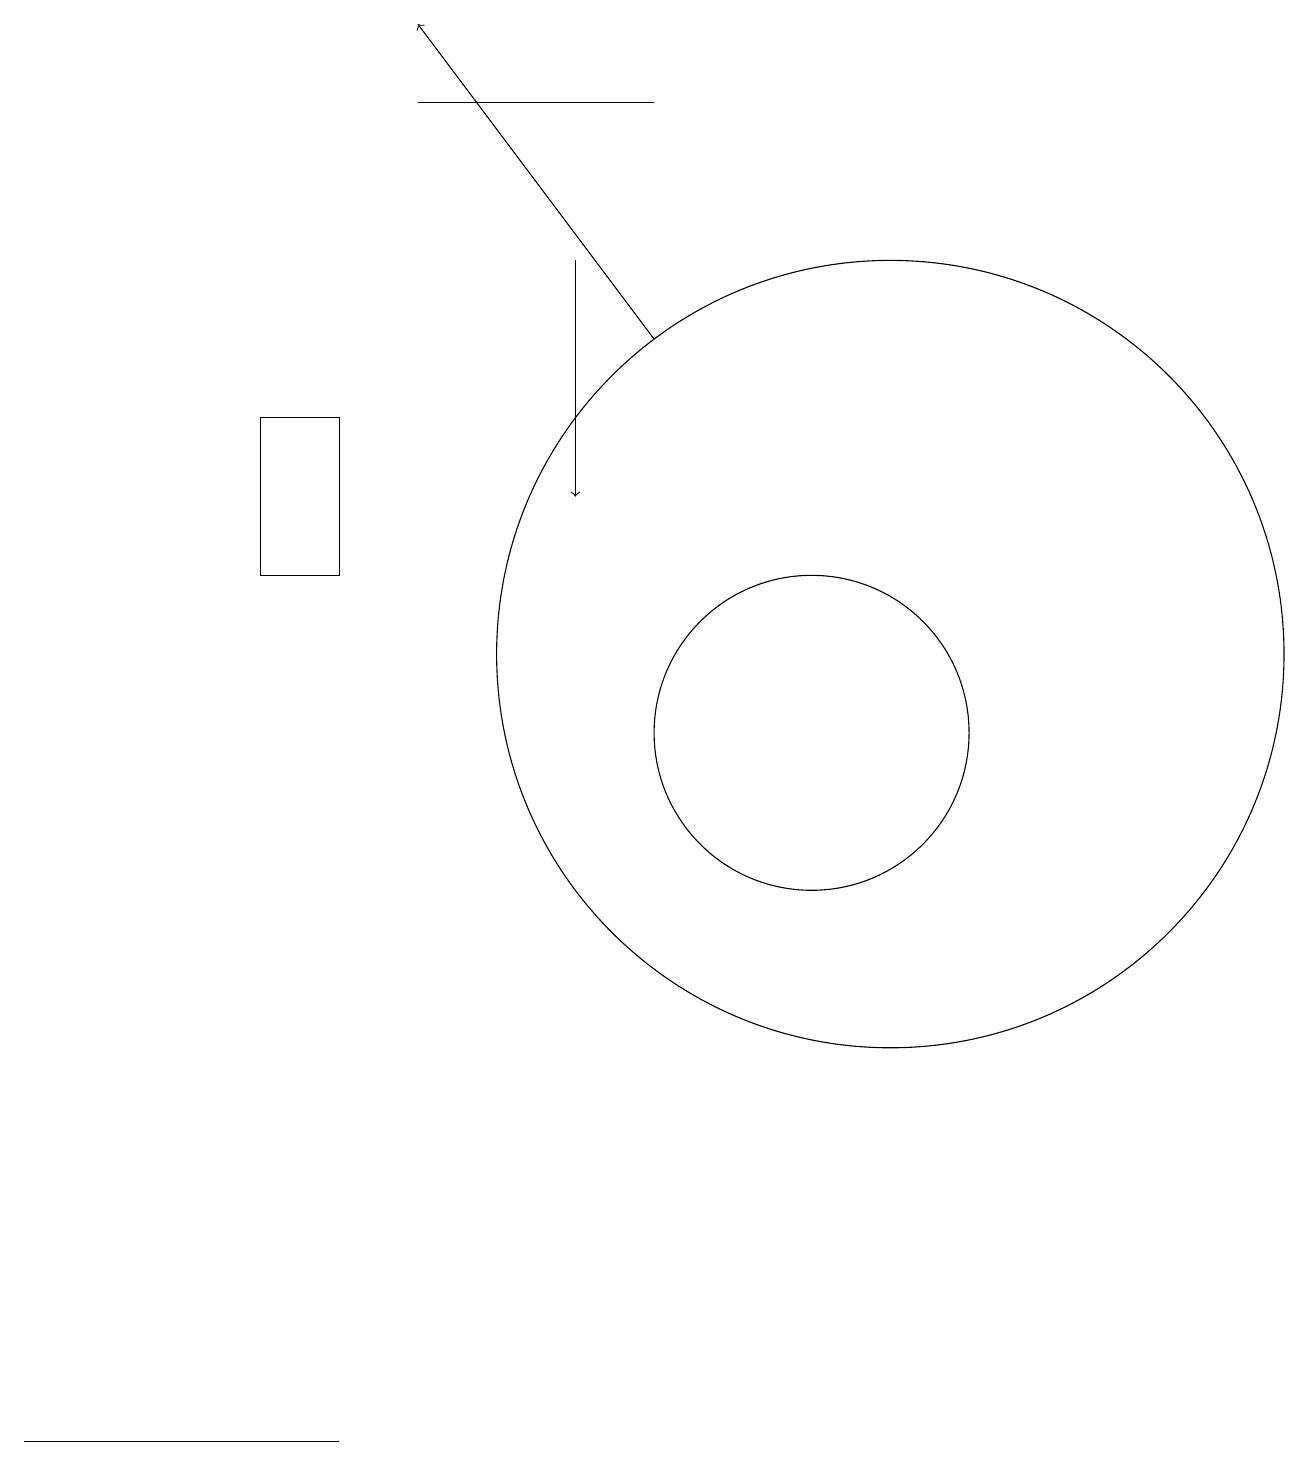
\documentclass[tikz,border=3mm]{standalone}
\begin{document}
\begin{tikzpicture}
\draw (11,11) circle (0);
\draw (11,11) circle (5);
\draw (5,18) rectangle (8,18);
\draw (4,1) -- (1,1) -- (0,1) -- cycle;
\draw (4,14) rectangle (3,12);
\draw[->] (7,16) -- (7,13);
\draw[->] (8,15) -- (5,19);
\draw (10,10) circle (2);
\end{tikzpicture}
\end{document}